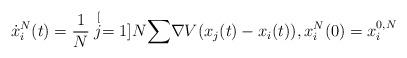
LaTeX: \begin{align*}\dot{x}_{i}^{N}(t)=\frac{1}{N}\stackrel[j=1]{N}{\sum}\nabla V(x_{j}(t)-x_{i}(t)), x_{i}^{N}(0)=x_{i}^{0,N}\end{align*}